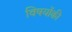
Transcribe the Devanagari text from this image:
विषयोंकी